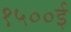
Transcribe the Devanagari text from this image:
१५००ई